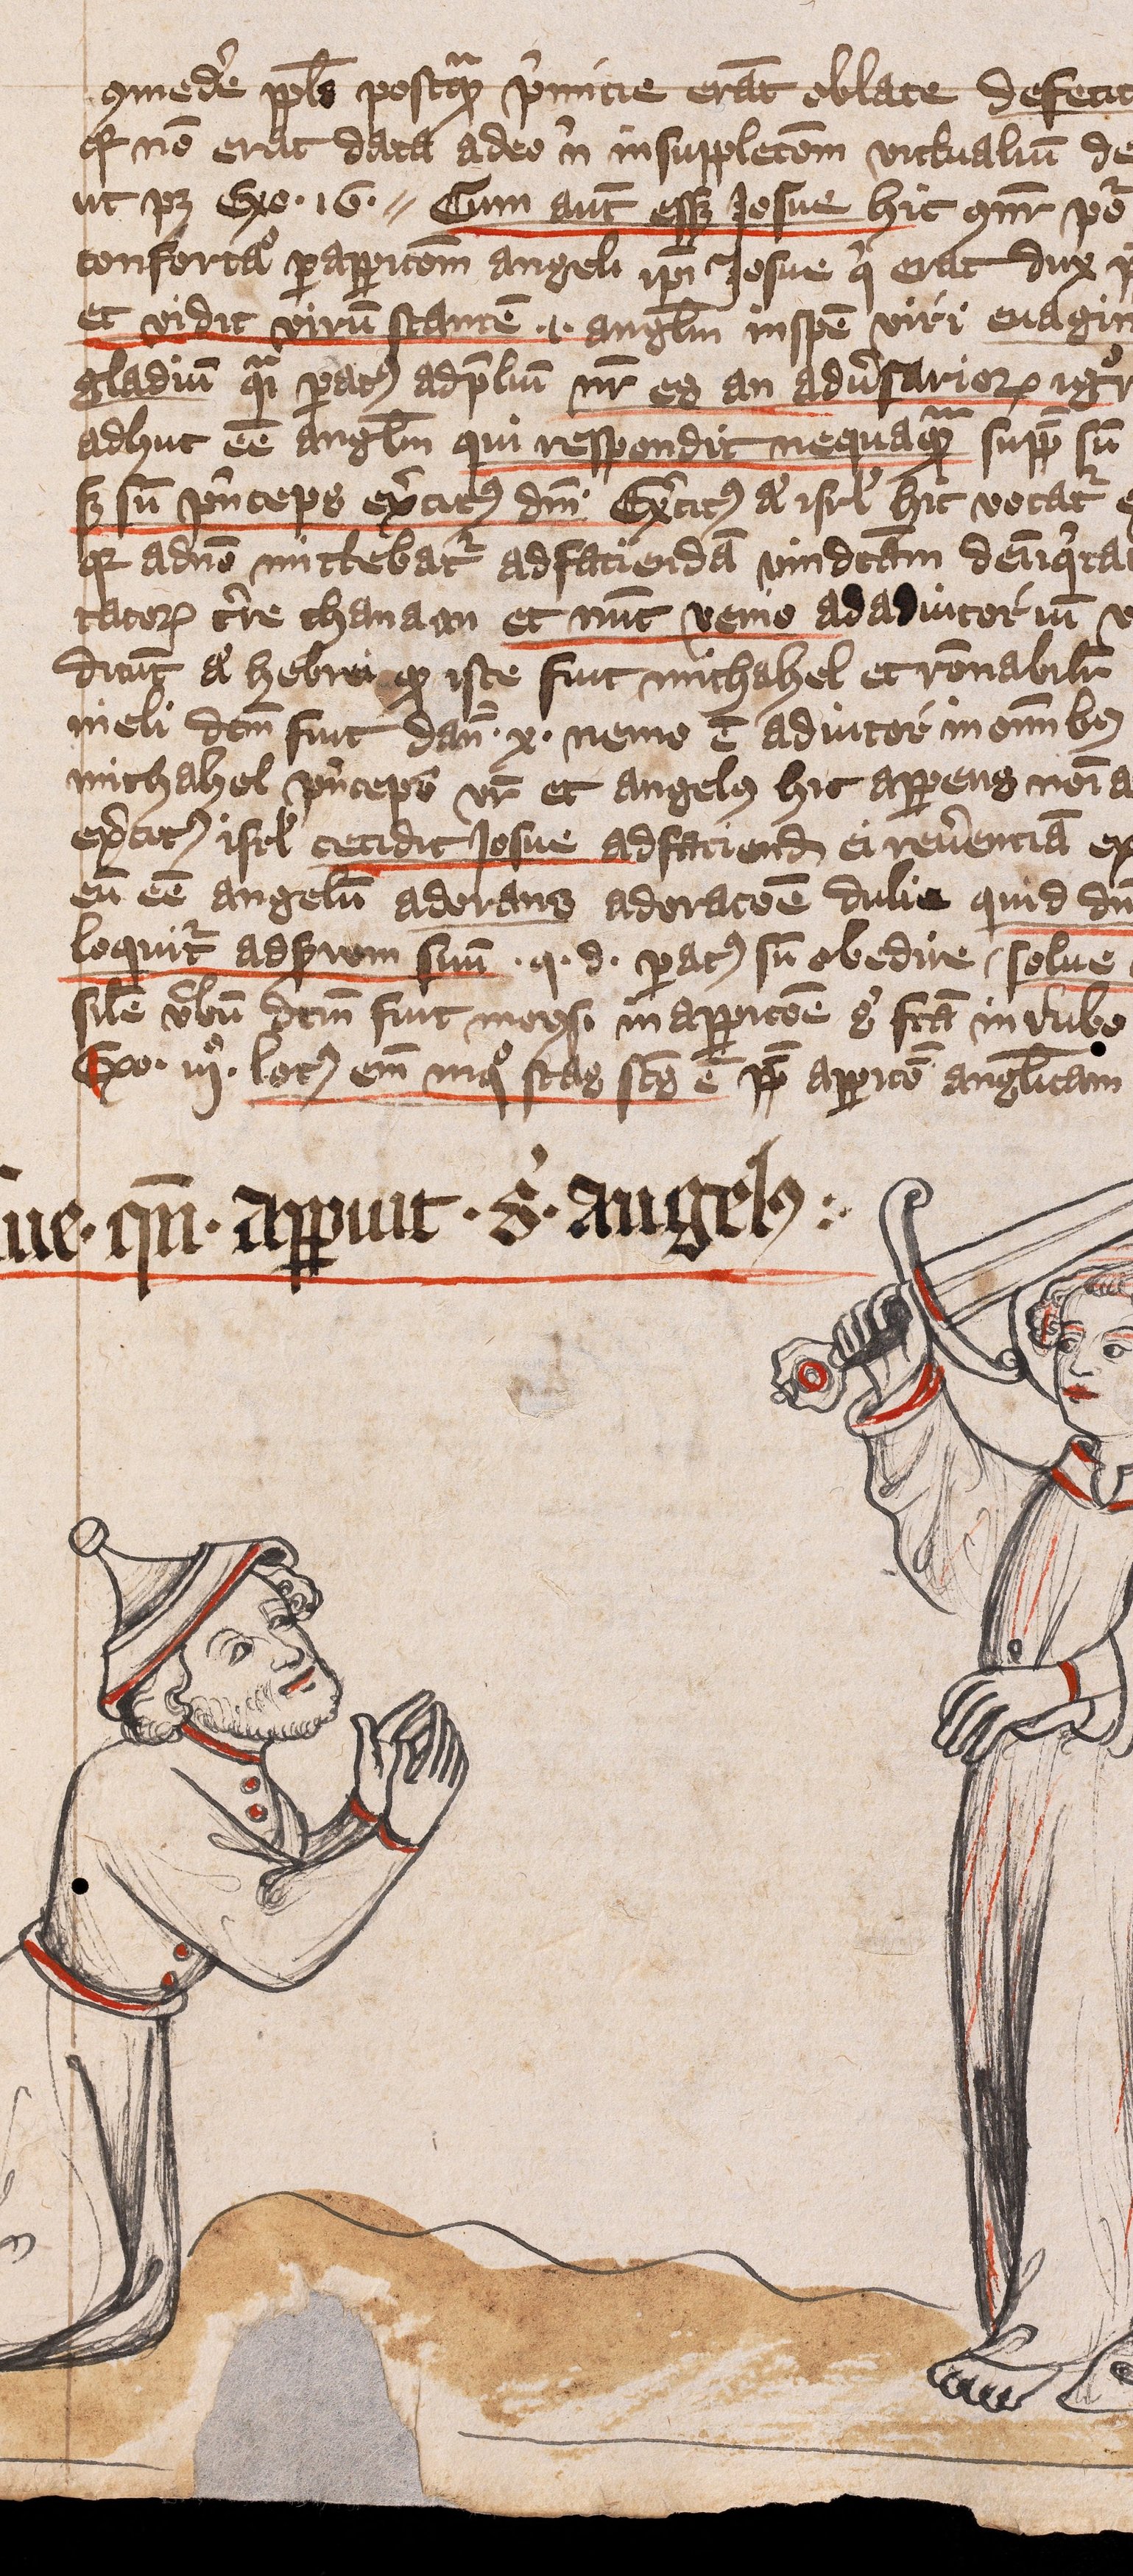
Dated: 1401–1401